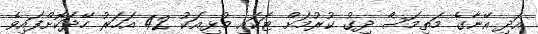
އަދި އޭނާގެ މަތިމަސް ދިގު ކުރުމަށް ޓަކައި މުޅިއަކު 42 އަހަރު ހޭދަކޮށްފައިވެ